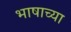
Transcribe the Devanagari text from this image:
भाषाच्या